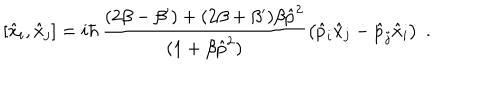
[ \hat { x } _ { i } , \hat { x } _ { j } ] = i \hbar \, \frac { ( 2 \beta - \beta ^ { \prime } ) + ( 2 \beta + \beta ^ { \prime } ) \beta \hat { p } ^ { 2 } } { ( 1 + \beta \hat { p } ^ { 2 } ) } \left( \hat { p } _ { i } \hat { x } _ { j } - \hat { p } _ { j } \hat { x } _ { i } \right) \; .